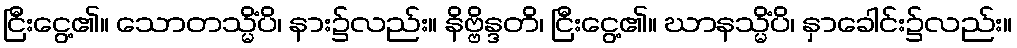
ငြီးငွေ့၏။ သောတသ္မိံပိ၊ နား၌လည်း။ နိဗ္ဗိန္ဒတိ၊ ငြီးငွေ့၏။ ဃာနသ္မိံပိ၊ နှာခေါင်း၌လည်း။